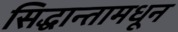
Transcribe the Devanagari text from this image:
सिद्धान्तामधून